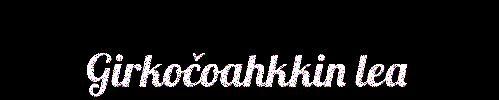
Girkočoahkkin lea